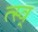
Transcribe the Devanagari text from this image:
त्स्व्